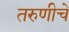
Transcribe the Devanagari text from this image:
तरुणीचे